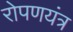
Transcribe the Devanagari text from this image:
रोपणयंत्र